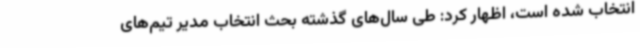
انتخاب شده است، اظهار کرد: طی سال‌های گذشته بحث انتخاب مدیر تیم‌های